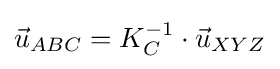
{\vec {u}}_{ABC}=K_{C}^{-1}\cdot {\vec {u}}_{XYZ}